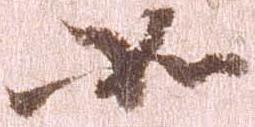
如